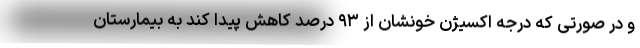
و در صورتی که درجه اکسیژن خونشان از ۹۳ درصد کاهش پیدا کند به بیمارستان